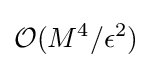
{\mathcal {O}}(M^{4}/\epsilon ^{2})